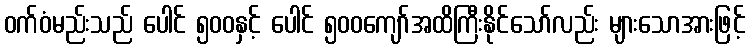
ဝက်ဝံမည်းသည် ပေါင် ၅၀၀နှင့် ပေါင် ၅၀၀ကျော်အထိကြီးနိုင်သော်လည်း များသောအားဖြင့်